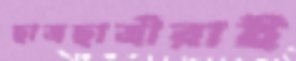
ছাত্রছাত্রীরাই